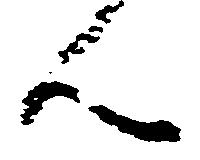
ん